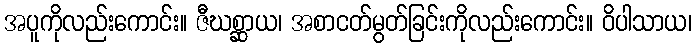
အပူကိုလည်းကောင်း။ ဇီဃစ္ဆာယ၊ အစာငတ်မွတ်ခြင်းကိုလည်းကောင်း။ ဝိပါသာယ၊